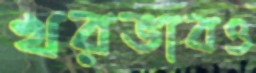
খরভাবও